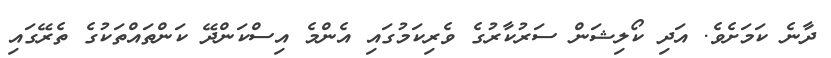
ދާނެ ކަމަށެވެ. އަދި ކޯލިޝަން ސަރުކާރުގެ ވެރިކަމުގައި އެންމެ އިސްކަންދޭ ކަންތައްތަކުގެ ތެރޭގައި